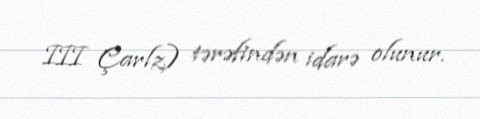
III Çarlz) tərəfindən idarə olunur.